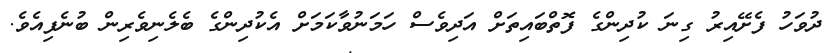
ދުވަހު ފެށޭއިރު ގިނަ ކުދިންގެ ފޮތްބައިތަށް އަދިވެސް ހަމަނުވާކަމަށް އެކުދިންގެ ބެލެނިވެރިން ބުނެފިއެވެ.